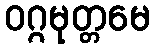
ဝဂ္ဂမုတ္တမေ